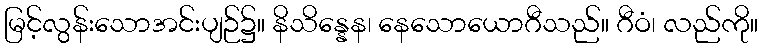
မြင့်လွန်းသောအင်းပျဉ်၌။ နိသိန္နေန၊ နေသောယောဂီသည်။ ဂီဝံ၊ လည်ကို။